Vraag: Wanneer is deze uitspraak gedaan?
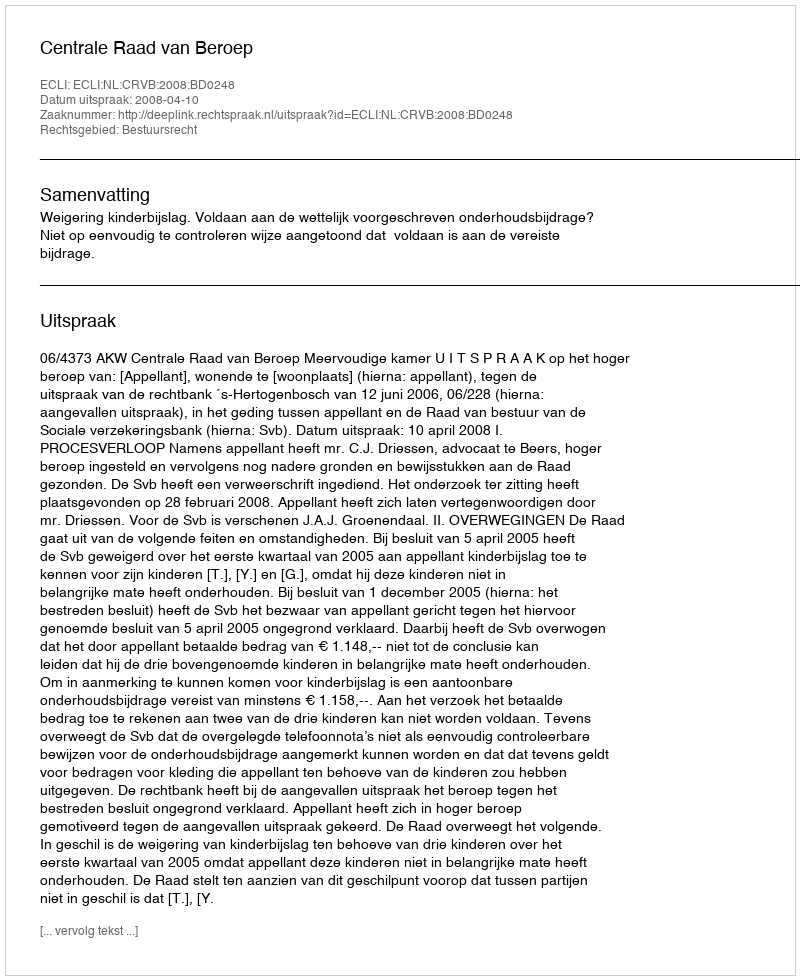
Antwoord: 2008-04-10